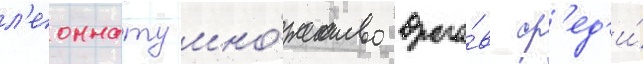
л'еоннату мно́жество враго́в ср'ед'и́